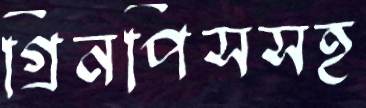
গ্রিনপিসসহ